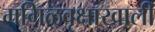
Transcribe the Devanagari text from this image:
मगिळवृक्षाखाली